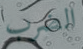
الضرب